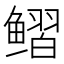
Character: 鳛